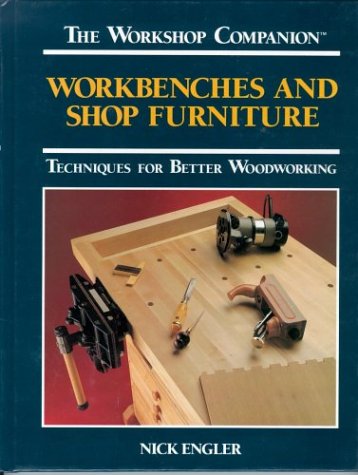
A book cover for Workbenches and Shop Furniture: Techniques for Better Woodworking (The Workshop Companion); Nick Engler; Crafts, Hobbies & Home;